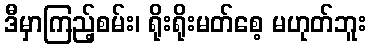
ဒီမှာကြည့်စမ်း၊ ရိုးရိုးမတ်စေ့ မဟုတ်ဘူး